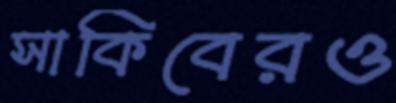
সাকিবেরও